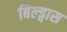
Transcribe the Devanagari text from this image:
बिल्ड्वास